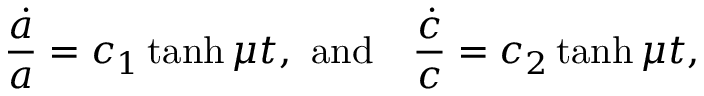
\frac { \dot { a } } { a } = c _ { 1 } \operatorname { t a n h } { \mu t } , ~ \mathrm { a n d } ~ ~ ~ \frac { \dot { c } } { c } = c _ { 2 } \operatorname { t a n h } { \mu t } ,